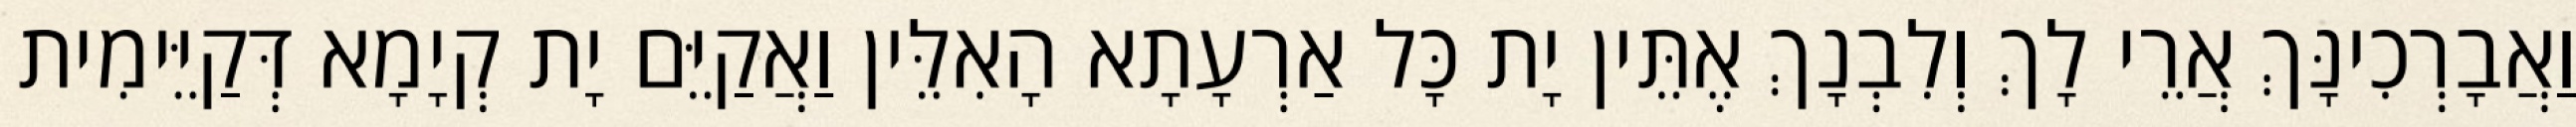
וַאֲבָרְכִינָּךְ אֲרֵי לָךְ וְלִבְנָךְ אֶתֵּין יָת כָּל אַרְעָתָא הָאִלֵּין וַאֲקַיֵּם יָת קְיָמָא דְּקַיֵּימִית